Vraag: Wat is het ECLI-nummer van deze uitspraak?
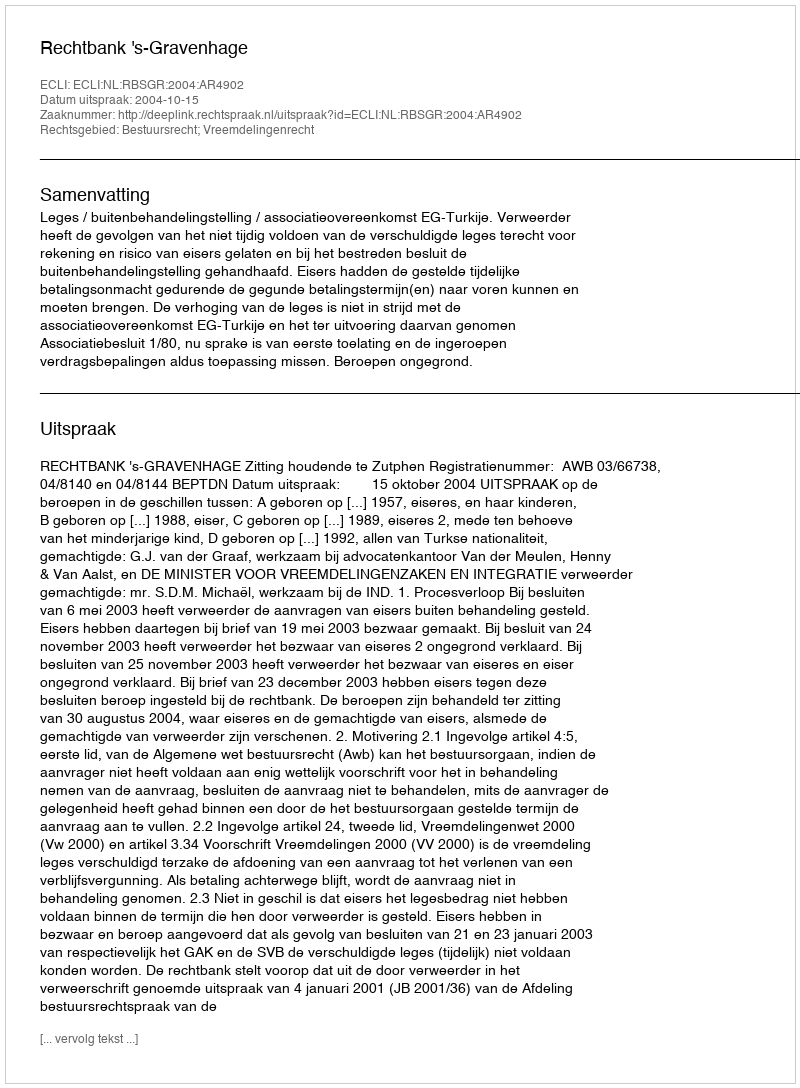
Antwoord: ECLI:NL:RBSGR:2004:AR4902